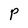
Character: P